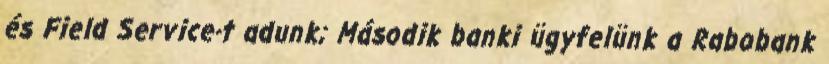
és Field Service-t adunk; Második banki ügyfelünk a Rabobank